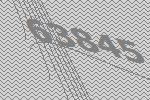
63845